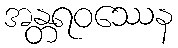
အန္တရဝဿေန